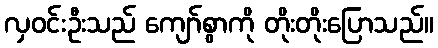
လှဝင်းဦးသည် ကျော်စွာကို တိုးတိုးပြောသည်။